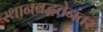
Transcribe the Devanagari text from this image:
स्थानबद्धतेनंतर